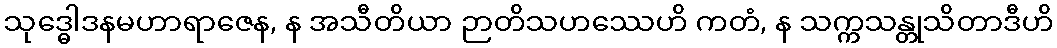
သုဒ္ဓေါဒနမဟာရာဇေန, န အသီတိယာ ဉာတိသဟဿေဟိ ကတံ, န သက္ကသန္တုသိတာဒီဟိ